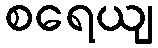
စရေယျ